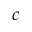
c